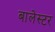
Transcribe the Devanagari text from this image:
बालेस्टर